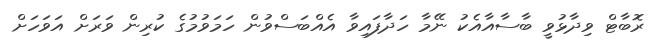
ރޮބާޓް ވިދާޅުވީ ބާސާއާއެކު ނޭމާ ހަދާފައިވާ އެއްބަސްވުން ހަމަވުމުގެ ކުރިން ވަރަށް އަވަހަށް